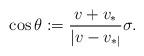
LaTeX: \begin{align*}\cos \theta := \frac{v+v_{*}}{|v-v_{*|}} \sigma.\end{align*}